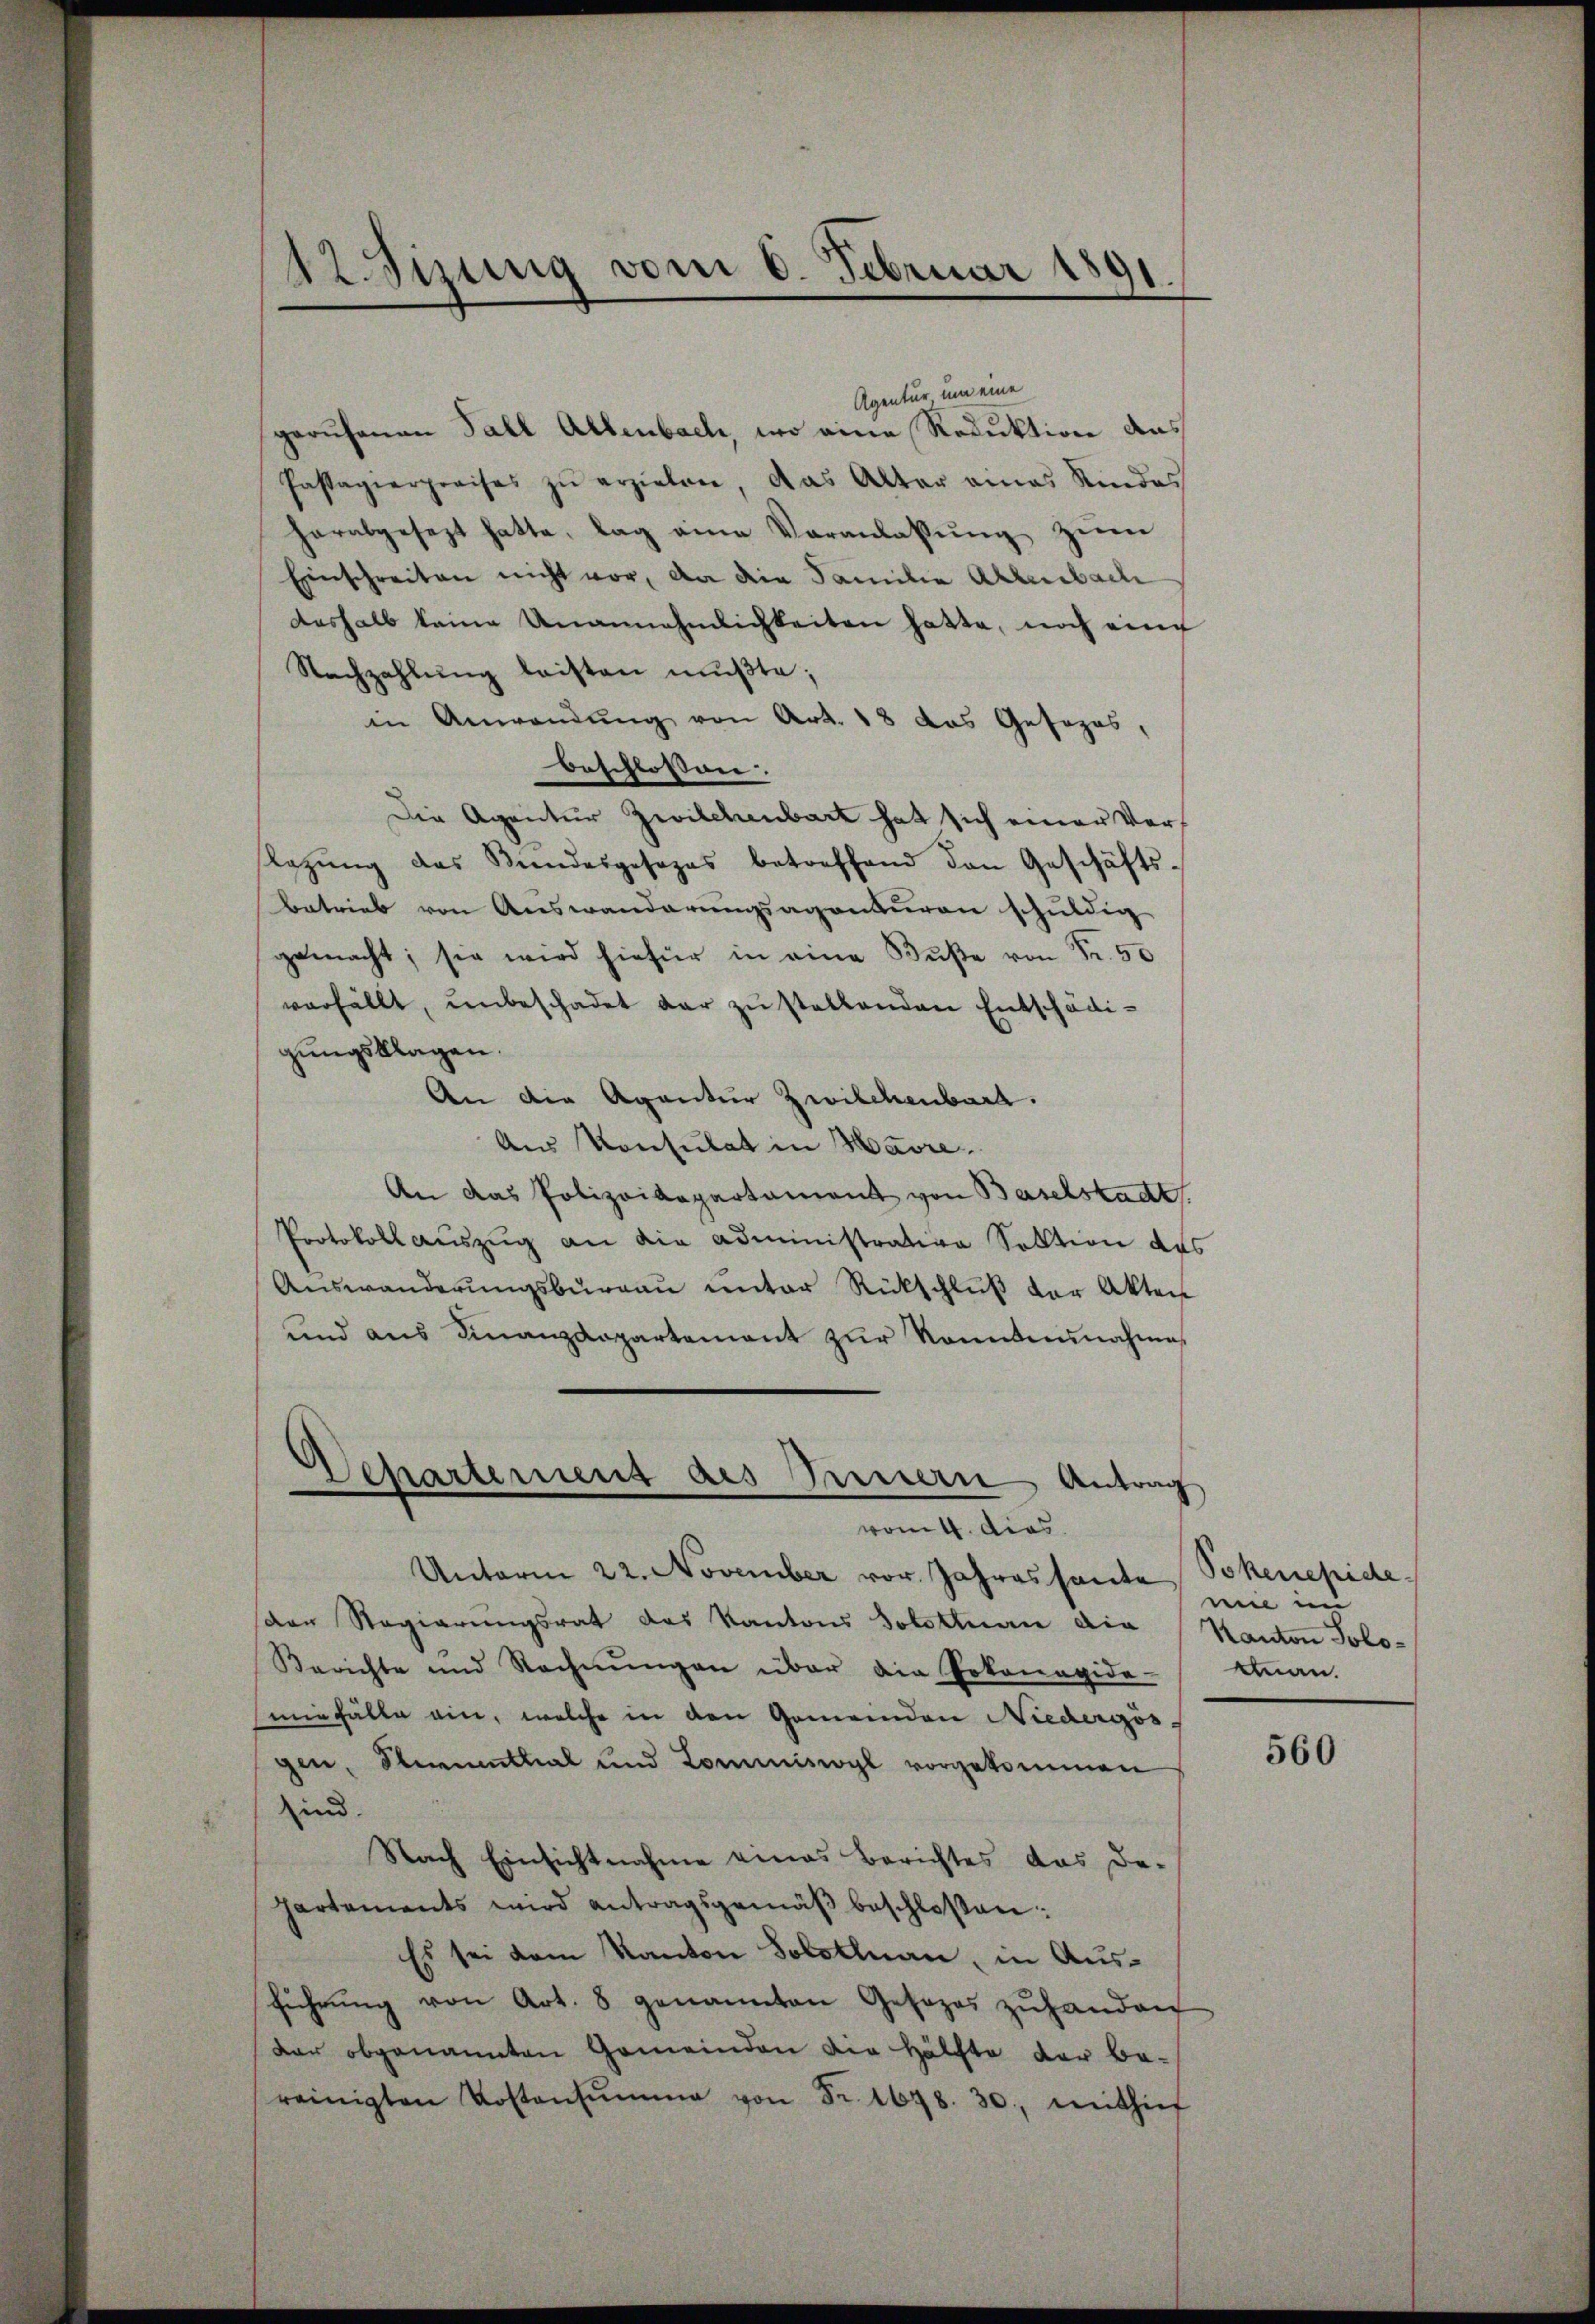
Agentur, um eine
gerufenen Fall Allenbach, wo eine Reduktion das
Passagierpreises zŭ erzielen, das Alter eines Kindes
herabgesezt hatte, lag eine Veranlassŭng zŭm
Einschreiten nicht vor, da die Familie Allenbach
deshalb keine Unannehmlichkeiten hatte, noch eine
Nachzahlŭng leisten mŭβte;
in Anwendŭng von Art. 18 das Gesezes,
beschlossen:
Die Agentur Zwilchenbart hat sich einer Verlegŭng das Kindesgesezes betreffend den Geschäfts-
Betrieb von Auswanderungsagenturen schuldig
gemacht; sie wird hiefür in eine Buße von Fr. 50
verfällt, unbeschadet dar zu stellenden Entschädigungsklagen.
An die Agantier Zwilchenbard.
Aus Konsulat in Havre
An das Polizeidepartament von Baselstadt
Protokoll auszug an die Administration Solltion des
Auswanderŭngsburgau unter Rückschluß der Akten
und aus Finanzdepartement zur konntennahme,

Unterm 22. November vor. Jahressante Sokenepide
der Regierungsrat das Kantons Solothurn die Kanton Jolo¬
Berichte und Rechnŭngen über die Pokonapide-Can.
miefälle ein, welche in den Gemeinden Niedergös-
gen, Stimmenthal und Commiswyl vorgekommen
sind.
Nach Einsichtnahme eines Berichtes das De-
hartements wird antragsgemäβ beschloßen:
Es sei dem Kanton Solotlnau, in Ausführŭng von Art. 8 genannten Gesezes zŭhanden
dar obgenannten Gemeinden die Hälfte der be-
reinigten Kostensŭmme von Fr. 1648. 30, mithief

42. Sizung vom 6. Februar 1891.

Separtemens des Innern Antrag
vom 4. dies

mie im

560